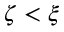
\zeta < \xi